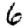
Digit: 6